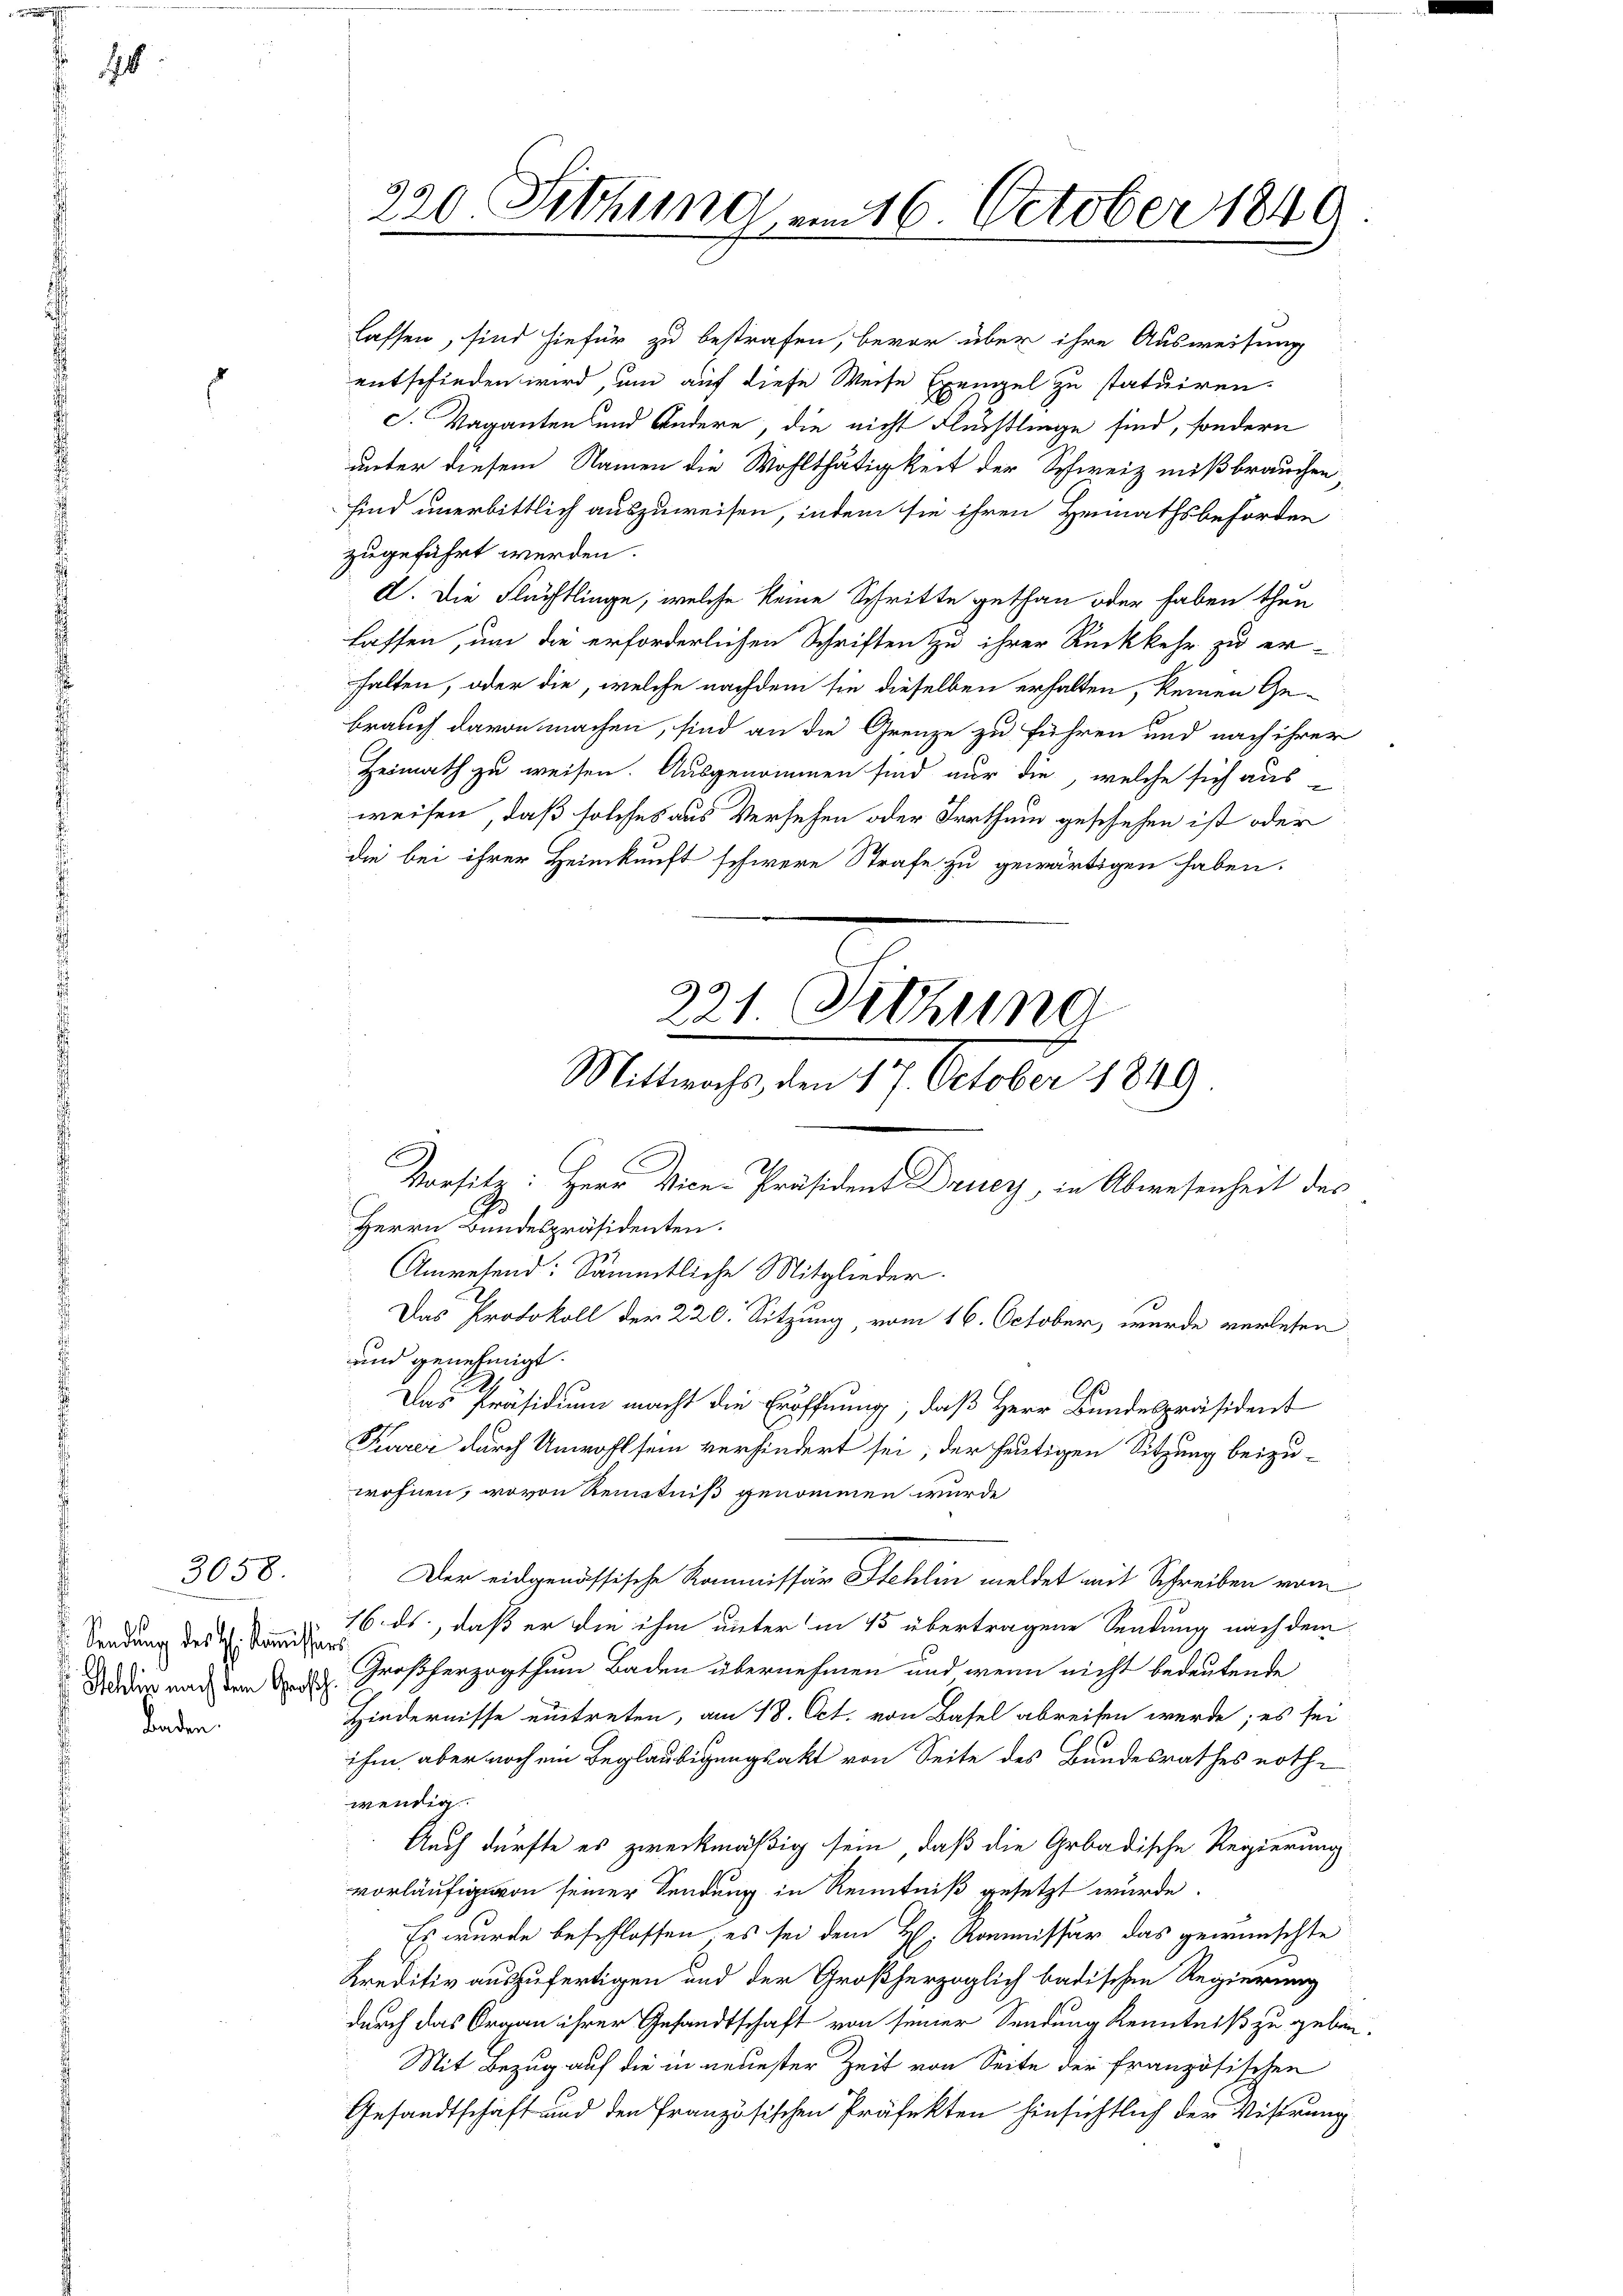
8

Sendung des H. Kommission
baden.

3058.

zugeführt werden.
C. Die Flüchtlinge, welche keine Schritte gethan oder haben thun
lassen, um die erforderlichen Schriften zu ihrer Rückkehr zu er-
halten, oder die, welche nachdem sie dieselben erhalten, keinen Gebrauch davon machen, sind an die Grenze zu führen und nach ihrer
Heimath zu weisen. Ausgenommen sind nur die, welche sich aus-
weisen, daß solches aus Versehen oder Irrthum geschehen ist oder
die bei ihrer Heimkunft schwere Strafe zu gewärtigen haben.
und genehmigt.
Das Präsidium macht die Eröffnung, daß Herr Bundespräsident
Tarei durch Unwohl sein verhindert sei, der heutigen Sitzung beizu-
wohnen, wovon Kenntniß genommen wurde
Der eidgenössische Kommissär Stehlin meldet mit Schreiben vom
16. ds, daß er die ihm unter in 15 übertragene Sendung nach dem
Zoder nach dem N. 3. Großherzogthum Baden übernehmen und wenn nicht bedeutende
Hindernisse eintreten, am 18. Oct. von Basel abreisen werde; es sei
ihm aber noch ein Beglaubigungsakt von Seite des Bundesrathes nothwendig
Auch dürfte es zweckmäßig sein, daß die Grbadische Regierung
vorläufige von seiner Sendung in Kenntniß gesetzt wurde.
Es wurde beschlossen es sei dem H: Kommissär das gewünschte
Kreditiv auszufertigen und der Großherzoglich badischen Regierung
durch das Organ ihrer Gesandtschaft von seiner Sendung Kenntniß zu geben
Mit Bezug auf die in neuester Zeit von Seite der französischen
Gesandtschaft und den französischen Präfekten hinsichtlich der Visirung

220 Setzung, am 16. October 1849.
.

lassen, sind hiefür zu bestrafen, bevor über ihre Ausweisung
entschieden wird, um auf diese Weise Exengel zu statuiren.
c. Vaganten und Ändere, die nicht Flüchtlinge sind, sondern
unter diesem Namen die Wohlthätigkeit der Schweiz mißbrauchen,
sind unerbittlich auszuweisen, indem sie ihren Heimathsbehörden

221 Sitzung
Vorsitz: Herr Vice-Präsident Drucy, in Abwesenheit des
Herrn Bundespräsidenten.
Anwesend: Sämmtliche Mitglieder.
Das Protokoll der 220. Sitzung, vom 16. October, wurde verlesen

Mitten, den 17. October 1849